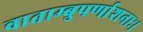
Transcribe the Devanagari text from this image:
वाताम्बुपर्णाशनाः।